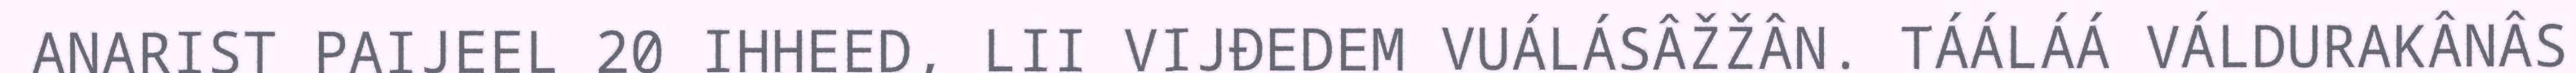
ANARIST PAIJEEL 20 IHHEED, LII VIJĐEDEM VUÁLÁSÂŽŽÂN. TÁÁLÁÁ VÁLDURAKÂNÂS